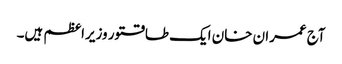
آج عمران خان ایک طاقتور وزیراعظم ہیں۔